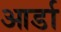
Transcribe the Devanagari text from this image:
आर्डा